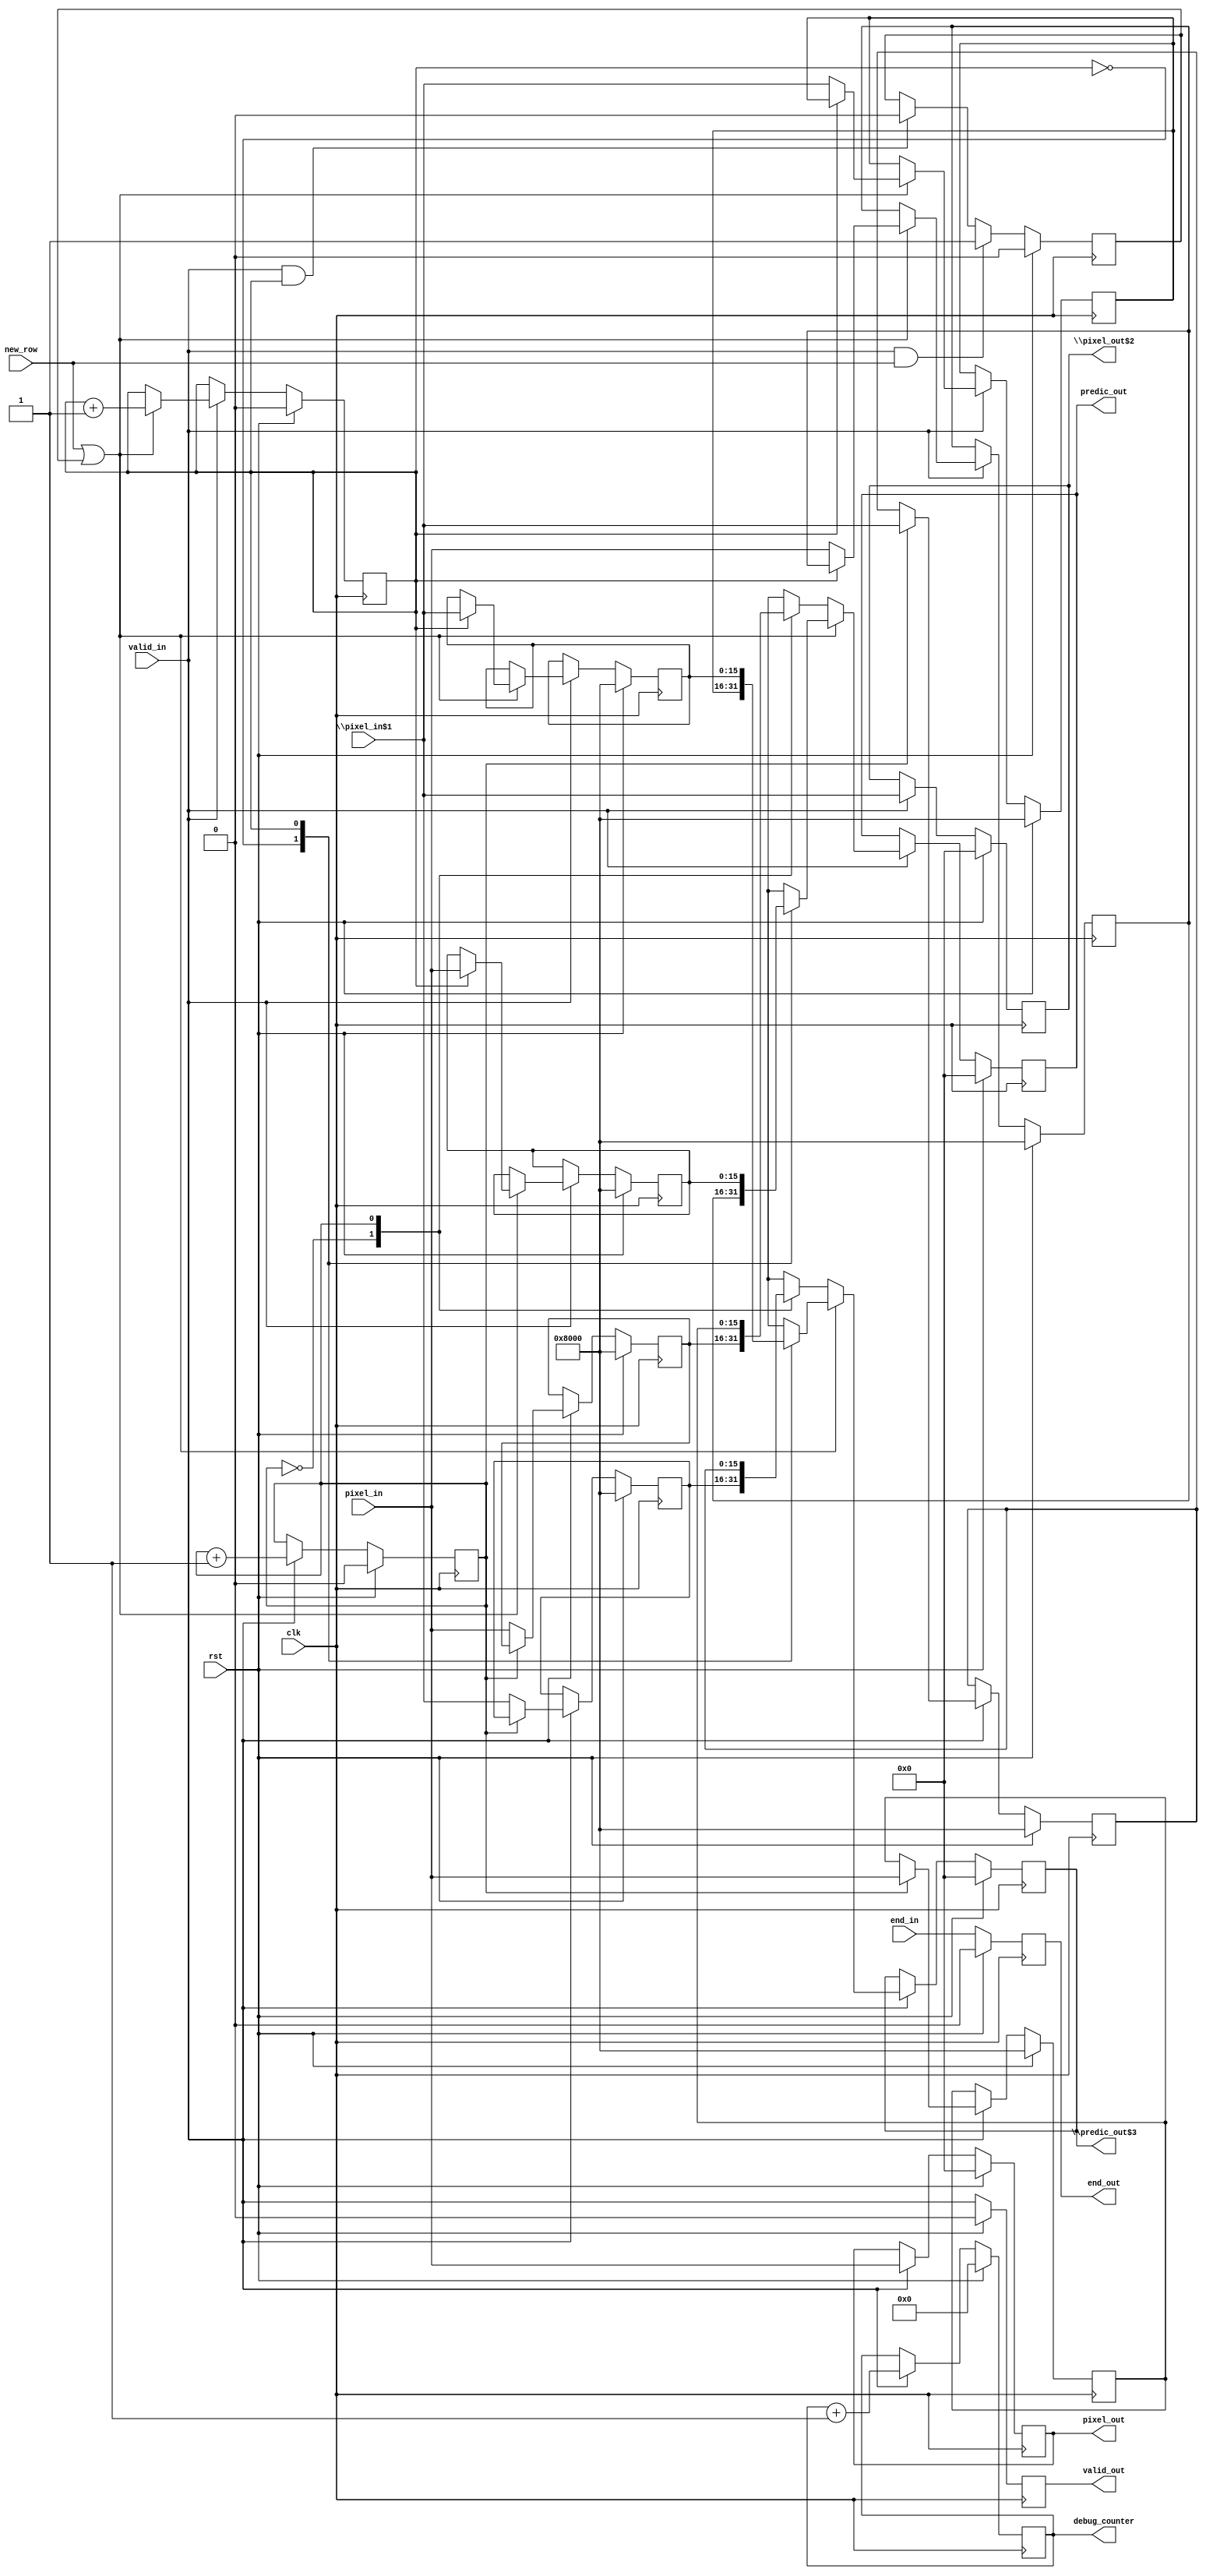
/* Generated by Yosys 0.8+     369 (git sha1 ea0e0722, clang 10.0.1 -fPIC -Os) */

(* \nmigen.hierarchy  = "top" *)
(* top =  1  *)
(* generator = "nMigen" *)
module top(new_row, pixel_in, \pixel_in$1 , end_in, rst, clk, pixel_out, \pixel_out$2 , predic_out, \predic_out$3 , valid_out, end_out, debug_counter, valid_in);
  wire \$10 ;
  wire \$12 ;
  wire \$14 ;
  wire \$16 ;
  wire [32:0] \$18 ;
  wire [32:0] \$19 ;
  wire [1:0] \$21 ;
  wire [1:0] \$22 ;
  wire [1:0] \$27 ;
  wire [1:0] \$28 ;
  wire \$4 ;
  wire \$6 ;
  wire \$8 ;
  (* src = "predictor_p1_c4_pix1_2.py:100" *)
  reg [15:0] \$next\buff ;
  (* src = "predictor_p1_c4_pix1_2.py:100" *)
  reg [15:0] \$next\buff$24 ;
  (* src = "predictor_p1_c4_pix1_2.py:100" *)
  reg [15:0] \$next\buff$25 ;
  (* src = "predictor_p1_c4_pix1_2.py:100" *)
  reg [15:0] \$next\buff$26 ;
  (* src = "predictor_p1_c4_pix1_2.py:108" *)
  reg \$next\buff_ctr ;
  (* src = "predictor_p1_c4_pix1_2.py:84" *)
  reg [31:0] \$next\debug_counter ;
  (* src = "predictor_p1_c4_pix1_2.py:81" *)
  reg \$next\end_out ;
  (* src = "predictor_p1_c4_pix1_2.py:106" *)
  reg [15:0] \$next\lbuff ;
  (* src = "predictor_p1_c4_pix1_2.py:106" *)
  reg [15:0] \$next\lbuff$30 ;
  (* src = "predictor_p1_c4_pix1_2.py:106" *)
  reg [15:0] \$next\lbuff$31 ;
  (* src = "predictor_p1_c4_pix1_2.py:106" *)
  reg [15:0] \$next\lbuff$32 ;
  (* src = "predictor_p1_c4_pix1_2.py:109" *)
  reg \$next\lbuff_ctr ;
  (* src = "predictor_p1_c4_pix1_2.py:112" *)
  reg \$next\new_row_latch ;
  (* src = "predictor_p1_c4_pix1_2.py:111" *)
  reg \$next\new_row_reg ;
  (* src = "predictor_p1_c4_pix1_2.py:67" *)
  reg [15:0] \$next\pixel_out ;
  (* src = "predictor_p1_c4_pix1_2.py:67" *)
  reg [15:0] \$next\pixel_out$2 ;
  (* src = "predictor_p1_c4_pix1_2.py:70" *)
  reg [15:0] \$next\predic_out ;
  (* src = "predictor_p1_c4_pix1_2.py:70" *)
  reg [15:0] \$next\predic_out$3 ;
  (* src = "predictor_p1_c4_pix1_2.py:77" *)
  reg \$next\valid_out ;
  (* init = 16'h8000 *)
  (* src = "predictor_p1_c4_pix1_2.py:100" *)
  reg [15:0] buff = 16'h8000;
  (* init = 16'h8000 *)
  (* src = "predictor_p1_c4_pix1_2.py:100" *)
  reg [15:0] \buff$24  = 16'h8000;
  (* init = 16'h8000 *)
  (* src = "predictor_p1_c4_pix1_2.py:100" *)
  reg [15:0] \buff$25  = 16'h8000;
  (* init = 16'h8000 *)
  (* src = "predictor_p1_c4_pix1_2.py:100" *)
  reg [15:0] \buff$26  = 16'h8000;
  (* init = 1'h0 *)
  (* src = "predictor_p1_c4_pix1_2.py:108" *)
  reg buff_ctr = 1'h0;
  (* src = "nmigen/hdl/ir.py:329" *)
  input clk;
  (* init = 32'd0 *)
  (* src = "predictor_p1_c4_pix1_2.py:84" *)
  output [31:0] debug_counter;
  reg [31:0] debug_counter = 32'd0;
  (* src = "predictor_p1_c4_pix1_2.py:80" *)
  input end_in;
  (* init = 1'h0 *)
  (* src = "predictor_p1_c4_pix1_2.py:81" *)
  output end_out;
  reg end_out = 1'h0;
  (* init = 16'h8000 *)
  (* src = "predictor_p1_c4_pix1_2.py:106" *)
  reg [15:0] lbuff = 16'h8000;
  (* init = 16'h8000 *)
  (* src = "predictor_p1_c4_pix1_2.py:106" *)
  reg [15:0] \lbuff$30  = 16'h8000;
  (* init = 16'h8000 *)
  (* src = "predictor_p1_c4_pix1_2.py:106" *)
  reg [15:0] \lbuff$31  = 16'h8000;
  (* init = 16'h8000 *)
  (* src = "predictor_p1_c4_pix1_2.py:106" *)
  reg [15:0] \lbuff$32  = 16'h8000;
  (* init = 1'h0 *)
  (* src = "predictor_p1_c4_pix1_2.py:109" *)
  reg lbuff_ctr = 1'h0;
  (* src = "predictor_p1_c4_pix1_2.py:73" *)
  input new_row;
  (* src = "predictor_p1_c4_pix1_2.py:112" *)
  wire new_row_latch;
  (* init = 1'h0 *)
  (* src = "predictor_p1_c4_pix1_2.py:111" *)
  reg new_row_reg = 1'h0;
  (* src = "predictor_p1_c4_pix1_2.py:64" *)
  input [15:0] pixel_in;
  (* src = "predictor_p1_c4_pix1_2.py:64" *)
  input [15:0] \pixel_in$1 ;
  (* init = 16'h0000 *)
  (* src = "predictor_p1_c4_pix1_2.py:67" *)
  output [15:0] pixel_out;
  reg [15:0] pixel_out = 16'h0000;
  (* init = 16'h0000 *)
  (* src = "predictor_p1_c4_pix1_2.py:67" *)
  output [15:0] \pixel_out$2 ;
  reg [15:0] \pixel_out$2  = 16'h0000;
  (* init = 16'h0000 *)
  (* src = "predictor_p1_c4_pix1_2.py:70" *)
  output [15:0] predic_out;
  reg [15:0] predic_out = 16'h0000;
  (* init = 16'h0000 *)
  (* src = "predictor_p1_c4_pix1_2.py:70" *)
  output [15:0] \predic_out$3 ;
  reg [15:0] \predic_out$3  = 16'h0000;
  (* src = "nmigen/hdl/ir.py:329" *)
  input rst;
  (* src = "predictor_p1_c4_pix1_2.py:76" *)
  input valid_in;
  (* init = 1'h0 *)
  (* src = "predictor_p1_c4_pix1_2.py:77" *)
  output valid_out;
  reg valid_out = 1'h0;
  assign \$10  = valid_in == (* src = "predictor_p1_c4_pix1_2.py:117" *) 1'h1;
  assign \$12  = lbuff_ctr == (* src = "predictor_p1_c4_pix1_2.py:117" *) 1'h1;
  assign \$14  = \$10  & (* src = "predictor_p1_c4_pix1_2.py:117" *) \$12 ;
  assign \$16  = new_row | (* src = "predictor_p1_c4_pix1_2.py:119" *) new_row_reg;
  assign \$19  = debug_counter + (* src = "predictor_p1_c4_pix1_2.py:124" *) 1'h1;
  assign \$22  = buff_ctr + (* src = "predictor_p1_c4_pix1_2.py:130" *) 1'h1;
  assign \$28  = lbuff_ctr + (* src = "predictor_p1_c4_pix1_2.py:138" *) 1'h1;
  assign \$4  = valid_in == (* src = "predictor_p1_c4_pix1_2.py:115" *) 1'h1;
  assign \$6  = new_row == (* src = "predictor_p1_c4_pix1_2.py:115" *) 1'h1;
  assign \$8  = \$4  & (* src = "predictor_p1_c4_pix1_2.py:115" *) \$6 ;
  always @(posedge clk)
      end_out <= \$next\end_out ;
  always @(posedge clk)
      \buff$26  <= \$next\buff$26 ;
  always @(posedge clk)
      \buff$25  <= \$next\buff$25 ;
  always @(posedge clk)
      \buff$24  <= \$next\buff$24 ;
  always @(posedge clk)
      buff <= \$next\buff ;
  always @(posedge clk)
      buff_ctr <= \$next\buff_ctr ;
  always @(posedge clk)
      \pixel_out$2  <= \$next\pixel_out$2 ;
  always @(posedge clk)
      pixel_out <= \$next\pixel_out ;
  always @(posedge clk)
      debug_counter <= \$next\debug_counter ;
  always @(posedge clk)
      new_row_reg <= \$next\new_row_reg ;
  always @(posedge clk)
      valid_out <= \$next\valid_out ;
  always @(posedge clk)
      \predic_out$3  <= \$next\predic_out$3 ;
  always @(posedge clk)
      predic_out <= \$next\predic_out ;
  always @(posedge clk)
      \lbuff$32  <= \$next\lbuff$32 ;
  always @(posedge clk)
      \lbuff$31  <= \$next\lbuff$31 ;
  always @(posedge clk)
      \lbuff$30  <= \$next\lbuff$30 ;
  always @(posedge clk)
      lbuff <= \$next\lbuff ;
  always @(posedge clk)
      lbuff_ctr <= \$next\lbuff_ctr ;
  always @* begin
    \$next\new_row_reg  = new_row_reg;
    casez ({ \$14 , \$8  })
      2'bz1:
          \$next\new_row_reg  = 1'h1;
      2'b1z:
          \$next\new_row_reg  = 1'h0;
    endcase
    casez (rst)
      1'h1:
          \$next\new_row_reg  = 1'h0;
    endcase
  end
  always @* begin
    \$next\new_row_latch  = 1'h0;
    \$next\new_row_latch  = \$16 ;
  end
  always @* begin
    \$next\lbuff_ctr  = lbuff_ctr;
    casez (valid_in)
      1'h1:
          casez (new_row_latch)
            1'h1:
                \$next\lbuff_ctr  = \$27 [0];
          endcase
    endcase
    casez (rst)
      1'h1:
          \$next\lbuff_ctr  = 1'h0;
    endcase
  end
  always @* begin
    \$next\lbuff  = lbuff;
    casez (valid_in)
      1'h1:
          casez (new_row_latch)
            1'h1:
                casez (lbuff_ctr)
                  1'h0:
                      \$next\lbuff  = pixel_in;
                endcase
          endcase
    endcase
    casez (rst)
      1'h1:
          \$next\lbuff  = 16'h8000;
    endcase
  end
  always @* begin
    \$next\lbuff$30  = \lbuff$30 ;
    casez (valid_in)
      1'h1:
          casez (new_row_latch)
            1'h1:
                casez (lbuff_ctr)
                  1'h0:
                      \$next\lbuff$30  = \pixel_in$1 ;
                endcase
          endcase
    endcase
    casez (rst)
      1'h1:
          \$next\lbuff$30  = 16'h8000;
    endcase
  end
  always @* begin
    \$next\lbuff$31  = \lbuff$31 ;
    casez (valid_in)
      1'h1:
          casez (new_row_latch)
            1'h1:
                casez (lbuff_ctr)
                  1'h1:
                      \$next\lbuff$31  = pixel_in;
                endcase
          endcase
    endcase
    casez (rst)
      1'h1:
          \$next\lbuff$31  = 16'h8000;
    endcase
  end
  always @* begin
    \$next\lbuff$32  = \lbuff$32 ;
    casez (valid_in)
      1'h1:
          casez (new_row_latch)
            1'h1:
                casez (lbuff_ctr)
                  1'h1:
                      \$next\lbuff$32  = \pixel_in$1 ;
                endcase
          endcase
    endcase
    casez (rst)
      1'h1:
          \$next\lbuff$32  = 16'h8000;
    endcase
  end
  always @* begin
    \$next\predic_out  = predic_out;
    casez (valid_in)
      1'h1:
          casez (new_row_latch)
            1'h1:
                casez (lbuff_ctr)
                  1'h0:
                      \$next\predic_out  = lbuff;
                  1'h1:
                      \$next\predic_out  = \lbuff$31 ;
                endcase
            1'hz:
                casez (buff_ctr)
                  1'h0:
                      \$next\predic_out  = buff;
                  1'h1:
                      \$next\predic_out  = \buff$25 ;
                endcase
          endcase
    endcase
    casez (rst)
      1'h1:
          \$next\predic_out  = 16'h0000;
    endcase
  end
  always @* begin
    \$next\predic_out$3  = \predic_out$3 ;
    casez (valid_in)
      1'h1:
          casez (new_row_latch)
            1'h1:
                casez (lbuff_ctr)
                  1'h0:
                      \$next\predic_out$3  = \lbuff$30 ;
                  1'h1:
                      \$next\predic_out$3  = \lbuff$32 ;
                endcase
            1'hz:
                casez (buff_ctr)
                  1'h0:
                      \$next\predic_out$3  = \buff$24 ;
                  1'h1:
                      \$next\predic_out$3  = \buff$26 ;
                endcase
          endcase
    endcase
    casez (rst)
      1'h1:
          \$next\predic_out$3  = 16'h0000;
    endcase
  end
  always @* begin
    \$next\valid_out  = valid_out;
    \$next\valid_out  = valid_in;
    casez (rst)
      1'h1:
          \$next\valid_out  = 1'h0;
    endcase
  end
  always @* begin
    \$next\end_out  = end_out;
    \$next\end_out  = end_in;
    casez (rst)
      1'h1:
          \$next\end_out  = 1'h0;
    endcase
  end
  always @* begin
    \$next\debug_counter  = debug_counter;
    casez (valid_in)
      1'h1:
          \$next\debug_counter  = \$18 [31:0];
    endcase
    casez (rst)
      1'h1:
          \$next\debug_counter  = 32'd0;
    endcase
  end
  always @* begin
    \$next\pixel_out  = pixel_out;
    casez (valid_in)
      1'h1:
          \$next\pixel_out  = pixel_in;
    endcase
    casez (rst)
      1'h1:
          \$next\pixel_out  = 16'h0000;
    endcase
  end
  always @* begin
    \$next\pixel_out$2  = \pixel_out$2 ;
    casez (valid_in)
      1'h1:
          \$next\pixel_out$2  = \pixel_in$1 ;
    endcase
    casez (rst)
      1'h1:
          \$next\pixel_out$2  = 16'h0000;
    endcase
  end
  always @* begin
    \$next\buff_ctr  = buff_ctr;
    casez (valid_in)
      1'h1:
          \$next\buff_ctr  = \$21 [0];
    endcase
    casez (rst)
      1'h1:
          \$next\buff_ctr  = 1'h0;
    endcase
  end
  always @* begin
    \$next\buff  = buff;
    casez (valid_in)
      1'h1:
          casez (buff_ctr)
            1'h0:
                \$next\buff  = pixel_in;
          endcase
    endcase
    casez (rst)
      1'h1:
          \$next\buff  = 16'h8000;
    endcase
  end
  always @* begin
    \$next\buff$24  = \buff$24 ;
    casez (valid_in)
      1'h1:
          casez (buff_ctr)
            1'h0:
                \$next\buff$24  = \pixel_in$1 ;
          endcase
    endcase
    casez (rst)
      1'h1:
          \$next\buff$24  = 16'h8000;
    endcase
  end
  always @* begin
    \$next\buff$25  = \buff$25 ;
    casez (valid_in)
      1'h1:
          casez (buff_ctr)
            1'h1:
                \$next\buff$25  = pixel_in;
          endcase
    endcase
    casez (rst)
      1'h1:
          \$next\buff$25  = 16'h8000;
    endcase
  end
  always @* begin
    \$next\buff$26  = \buff$26 ;
    casez (valid_in)
      1'h1:
          casez (buff_ctr)
            1'h1:
                \$next\buff$26  = \pixel_in$1 ;
          endcase
    endcase
    casez (rst)
      1'h1:
          \$next\buff$26  = 16'h8000;
    endcase
  end
  assign \$18  = \$19 ;
  assign \$21  = \$22 ;
  assign \$27  = \$28 ;
  assign new_row_latch = \$next\new_row_latch ;
endmodule